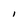
Character: l